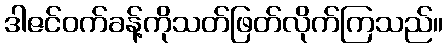
ဒါဇင်ဝက်ခန့်ကိုသတ်ဖြတ်လိုက်ကြသည်။